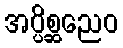
အပ္ပိစ္ဆညေဝ